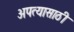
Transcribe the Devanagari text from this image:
अपत्यासाठी